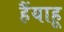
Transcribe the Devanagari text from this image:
हैंयाहू